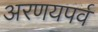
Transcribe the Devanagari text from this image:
अरणयपर्व